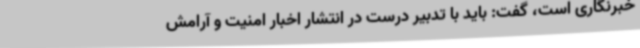
خبرنگاری است، گفت: باید با تدبیر درست در انتشار اخبار امنیت و آرامش